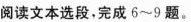
阅读文本选段，完成6~9题。